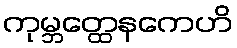
ကုမ္ဘတ္ထေနကေဟိ